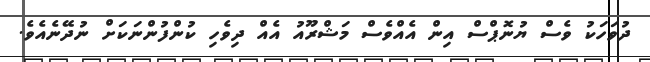
ދުވަހަކު ވެސް ޔުނޮޕްސް އިން އެއްވެސް މަޝްރޫއު އެއް ދިވެހި ކުންފުންނަކަށް ނުދޭނެއެވެ.